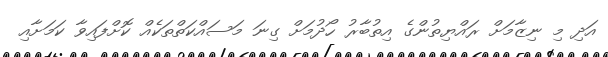
އަދި މި ނިޒާމަށް ރައްޔިތުންގެ އިތުބާރު ހޯދުމަށް ގިނަ މަސައްކަތްތަކެއް ކޮށްފައިވާ ކަމަށާއި